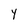
Character: Y